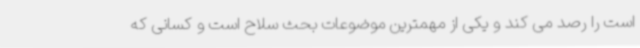
است را رصد می کند و یکی از مهمترین موضوعات بحث سلاح است و کسانی که